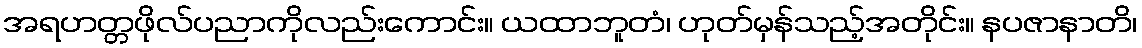
အရဟတ္တဖိုလ်ပညာကိုလည်းကောင်း။ ယထာဘူတံ၊ ဟုတ်မှန်သည့်အတိုင်း။ နပဇာနာတိ၊